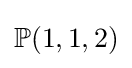
\mathbb {P} (1,1,2)